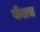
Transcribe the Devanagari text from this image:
वीशस